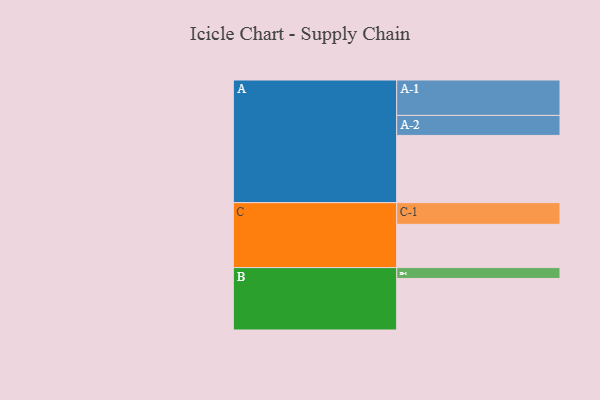
{"axis": {"x": "Segment", "y": "Value"}, "legend": ["", "A", "B", "C"], "data": [{"x": "A", "y": 471, "type": ""}, {"x": "B", "y": 361, "type": ""}, {"x": "C", "y": 303, "type": ""}, {"x": "A-1", "y": 248, "type": "A"}, {"x": "A-2", "y": 140, "type": "A"}, {"x": "B-1", "y": 76, "type": "B"}, {"x": "C-1", "y": 152, "type": "C"}]}